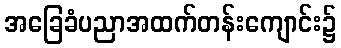
အခြေခံပညာအထက်တန်းကျောင်း၌